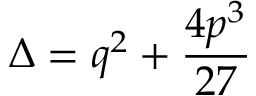
\Delta = q ^ { 2 } + { \frac { 4 p ^ { 3 } } { 2 7 } }